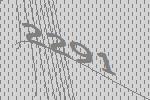
2291